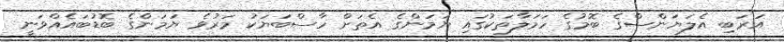
އަރަބި އެލަޔަންސްގެ ބޮމުގެ ހަމަލާތަކުގައި ޔަމަންގެ އެތަށް ހާސްބަޔަކު މަރުވެ ޔަމަންގެ ބޮޑުބައެއްވަނީ